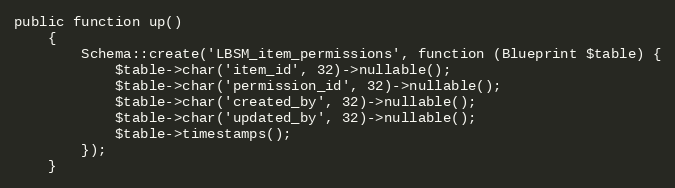
Language: PHP
public function up()
    {
        Schema::create('LBSM_item_permissions', function (Blueprint $table) {
            $table->char('item_id', 32)->nullable();
            $table->char('permission_id', 32)->nullable();
            $table->char('created_by', 32)->nullable();
            $table->char('updated_by', 32)->nullable();
            $table->timestamps();
        });
    }